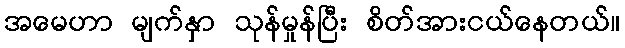
အမေဟာ မျက်နှာ သုန်မှုန်ပြီး စိတ်အားငယ်နေတယ်။